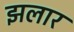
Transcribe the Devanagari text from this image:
झलार